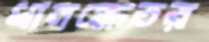
ধানক্ষেতর